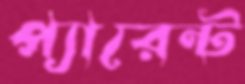
প্যারেন্ট